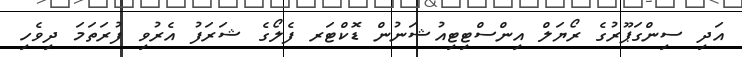
އަދި ސިންގަޕޫރުގެ ރޯޔަލް އިންސްޓިޓިއުޝަނުން ޑޮކްޓަރ ފެލޯގެ ޝަރަފު އެރުވި ފުރަތަމަ ދިވެހި